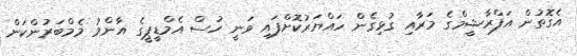
އެގޮތުން އަފްރާޝީމްގެ މަރާއި ގުޅިގެން ހައްޔަރުކޮށްފައި ވަނީ ހުސް އެމްޑީޕީގެ އާންމު މެމްބަރުންކަން